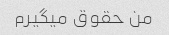
من حقوق میگیرم